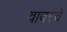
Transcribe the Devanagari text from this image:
वावरचे